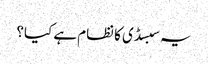
یہ سبسڈی کا نظام ہے کیا؟